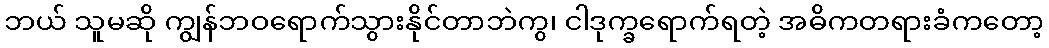
ဘယ် သူမဆို ကျွန်ဘဝရောက်သွားနိုင်တာဘဲကွ၊ ငါဒုက္ခရောက်ရတဲ့ အဓိကတရားခံကတော့